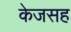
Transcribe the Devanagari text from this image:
केजसह